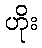
ဟိုး